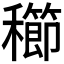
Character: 𥣮